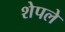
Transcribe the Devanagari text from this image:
शेपले